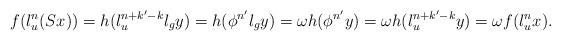
LaTeX: \begin{align*} f(l_u^n(Sx))=h(l_u^{n+k'-k}l_{g}y)=h(\phi^{n'} l_{g}y)=\omega h(\phi^ {n'} y) =\omega h(l_u^{n+k'-k}y)=\omega f(l_u^nx). \end{align*}